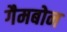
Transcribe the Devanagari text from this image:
गैमबोन